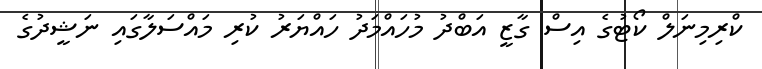
ކްރިމިނަލް ކޯޓުގެ އިސް ގާޒީ އަބްދު މުހައްމަދު ހައްޔަރު ކުރި މައްސަލާގައި ނަޝީދުގެ